Indian Civil Veterinary Department memoirs
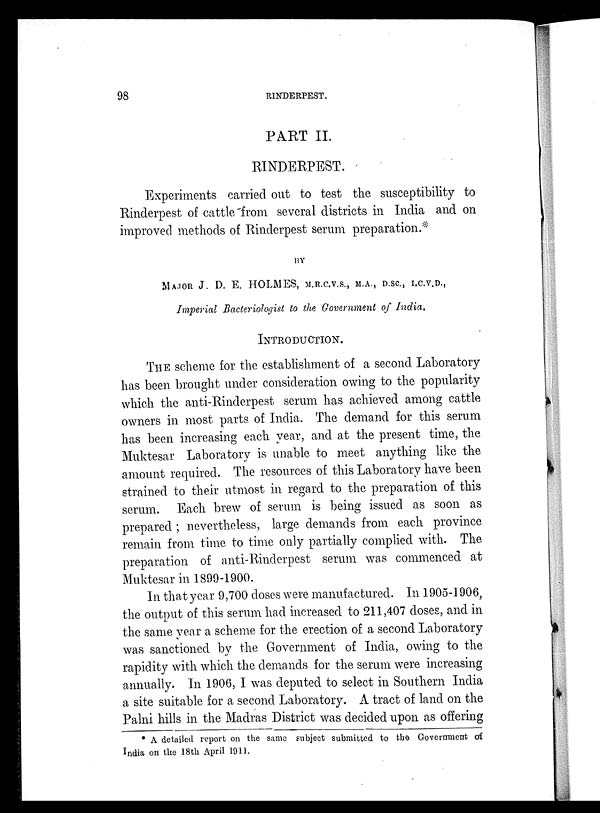
98
RINDERPEST.
PART II.
RINDERPEST.
Experiments carried out to test the susceptibility to
Rinderpest of cattle from several districts in India and on
improved methods of Rinderpest serum preparation.*
BY
MAJOR J. D. E. HOLMES, M.R.C.V.S., M.A., D.Sc., I.C.V.D.,
Imperial Bacteriologist to the Government of India.
INTRODUCTION.
THE scheme for the establishment of a second Laboratory
has been brought under consideration owing to the popularity
which the anti-Rinderpest serum has achieved among cattle
owners in most parts of India. The demand for this serum
has been increasing each year, and at the present time, the
Muktesar Laboratory is unable to meet anything like the
amount required. The resources of this Laboratory have been
strained to their utmost in regard to the preparation of this
serum. Each brew of serum is being issued as soon as
prepared; nevertheless, large demands from each province
remain from time to time only partially complied with. The
preparation of anti-Rinderpest serum was commenced at
Muktesar in 1899-1900.
In that year 9,700 doses were manufactured. In 1905-1906,
the output of this serum had increased to 211,407 doses, and in
the same year a scheme for the erection of a second Laboratory
was sanctioned by the Government of India, owing to the
rapidity with which the demands for the serum were increasing
annually. In 1906, I was deputed to select in Southern India
a site suitable for a second Laboratory. A tract of land on the
Palni hills in the Madras District was decided upon as offering
* A detailed report on the same subject submitted to the Government off
India on the 18th April 1911.